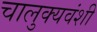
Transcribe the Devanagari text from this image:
चालुक्यवंशी